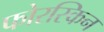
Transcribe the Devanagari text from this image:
फोरस्किन